Vaccine operations Central Provinces & Berar 1922-1929 - 1922-1929
Year: 1922
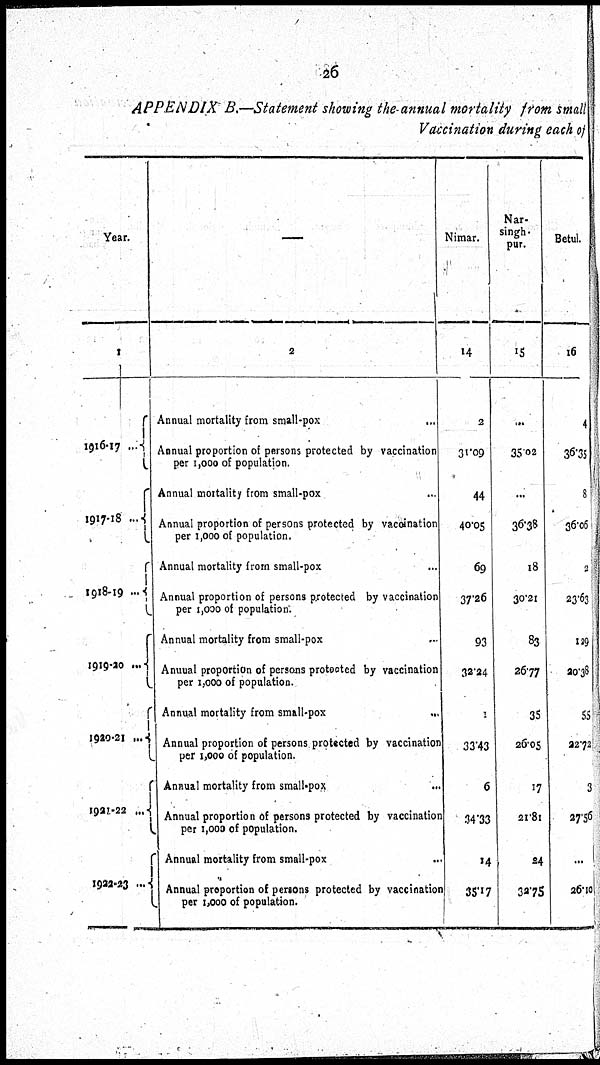
26
APPENDIX B.—Statement showing the annual mortality from small
Vaccination during each of
Year.
1
1916-17 ...
1917-18 ...
1918-19...
1919-20 ...
1920-21...
1921-22...
1922-23...
—
2
Annual mortality from small-pox...
Annual proportion of persons protected by vaccination
per 1,000 of population.
Annual mortality from small-pox...
Annual proportion of persons protected by vaccination
per 1,000 of population.
Annual mortality from small-pox...
Annual proportion of persons protected by vaccination
per 1,000 of population.
Annual mortality from small-pox...
Annual proportion of persons protected by vaccination
per 1,000 of population.
Annual mortality from
small-pox...
...
Annual proportion of persons protected by vaccinator
per 1,000 of population.
Annual mortality from small-pox
...
Annual proportion of persons protected by vaccination
per 1,000 of population.
Annual mortality from small-pox...
Annual proportion of persons protected by vaccination
per 1,000 of population.
Nimar.
14
2
31.09
44
40.05
69
37.26
93
32.24
1
33.43
6
34.33
14
35.17
Nar-
singh-
pur.
15
...
35.02
...
36.38
18
30.21
83
26.77
35
26.05
17
21.8l
34
32.75
Betul.
16
4
36.35
8
36.06
3
23.63
129
20.38
55
22.72
3
27.56
...
26.10